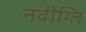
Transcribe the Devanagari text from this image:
नवीग्लि